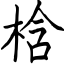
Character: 梒